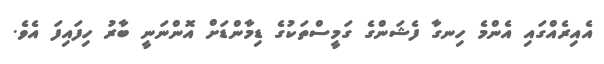
އެއިރެއްގައި އެންމެ ހިނގާ ފެޝަންގެ ގަމީސްތަކުގެ ޑިމާންޑަށް އޮންނަނީ ބާރު ހިފައިފަ އެވެ.